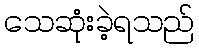
သေဆုံးခဲ့ရသည်